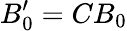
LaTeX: B_{0}^{\prime}=CB_{0}